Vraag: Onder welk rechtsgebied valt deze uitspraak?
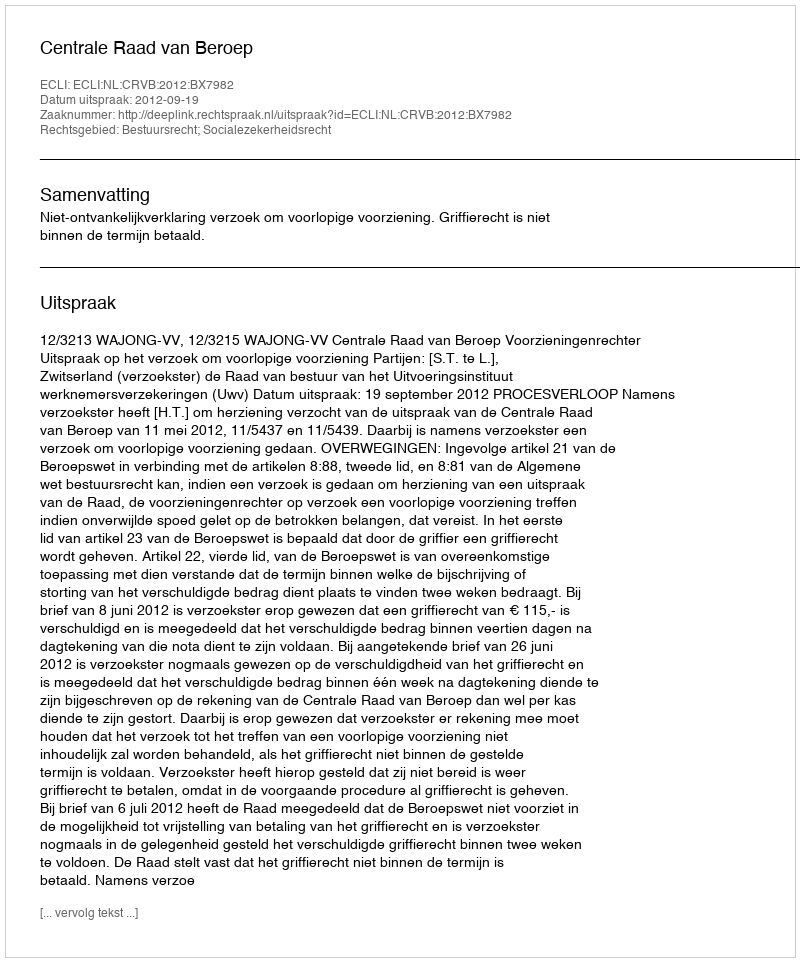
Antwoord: Bestuursrecht; Socialezekerheidsrecht